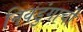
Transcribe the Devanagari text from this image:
निवडुंगाची